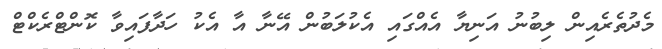
މެދުތެރެއިން ލިބުނު އަނިޔާ އެއްގައި އެކުލަބުން އޭނާ އާ އެކު ހަދާފައިވާ ކޮންޓްރެކްޓް